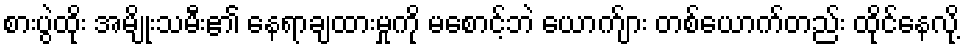
စားပွဲထိုး အမျိုးသမီး၏ နေရာချထားမှုကို မစောင့်ဘဲ ယောက်ျား တစ်ယောက်တည်း ထိုင်နေလို့